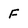
Character: F